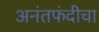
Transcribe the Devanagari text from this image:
अनंतफंदीचा